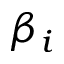
\beta _ { i }